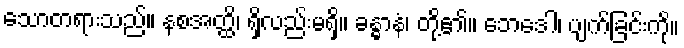
သောတရားသည်။ နစအတ္ထိ၊ ရှိလည်းမရှိ။ ခန္ဓာနံ၊ တို့၏။ ဘေဒေါ၊ ပျက်ခြင်းကို။